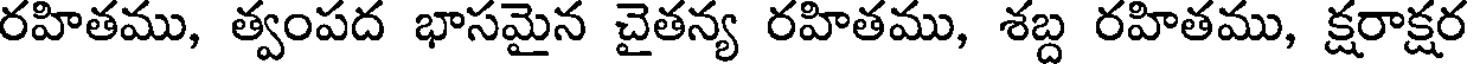
రహితము, త్వంపద భాసమైన చైతన్య రహితము, శబ్ద రహితము, క్షరాక్షర